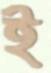
ই